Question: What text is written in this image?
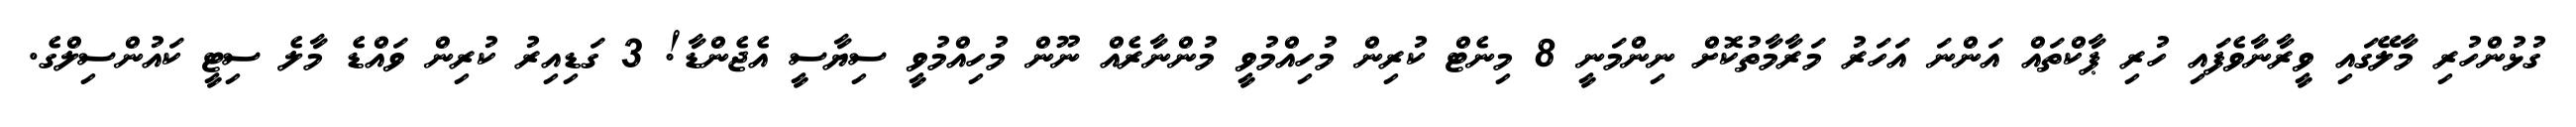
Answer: ގުޅުންހުރި މާލޭގައި ވީރާނާވެފައި ހުރި ޕާކްތައް އަންނަ އަހަރު މަރާމާތުކޮށް ނިންމަނީ 8 މިނެޓް ކުރިން މުހިއްމުވީ މުންނާރެއް ނޫން މުހިއްމުވީ ސިޔާސީ އެޖެންޑާ! 3 ގަޑިއިރު ކުރިން ވައްޑެ މާލެ ސިޓީ ކައުންސިލްގެ.